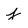
Character: j